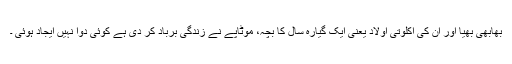
بھابھی بھیا اور ان کی اکلوتی اولاد یعنی ایک گیارہ سال کا بچہ، موٹاپے نے زندگی برباد کر دی ہے کوئی دوا نہیں ایجاد ہوئی ۔